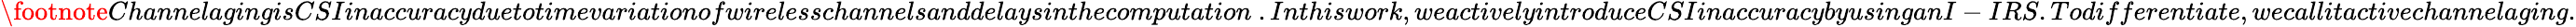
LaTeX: \footnote{ChannelagingisCSIinaccuracyduetotimevariationofwirelesschannelsanddelaysinthecomputation~.Inthiswork,weactivelyintroduceCSIinaccuracybyusinganI-IRS.Todifferentiate,wecallitactivechannelaging.}